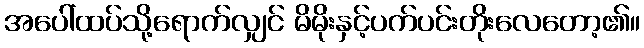
အပေါ်ထပ်သို့ရောက်လျှင် မိမိုးနှင့်ပက်ပင်းတိုးလေတော့၏။